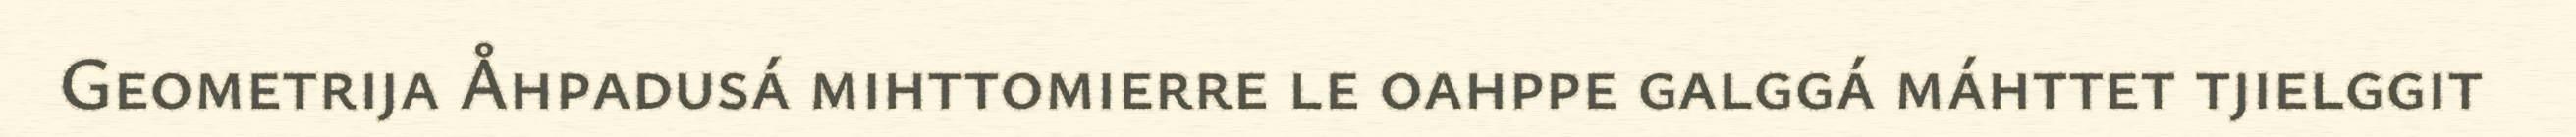
Geometrija Åhpadusá mihttomierre le oahppe galggá máhttet tjielggit